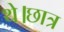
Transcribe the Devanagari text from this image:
थे।छात्र